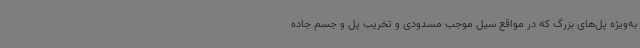
به‌ویژه پل‌های بزرگ که در مواقع سیل موجب مسدودی و تخریب پل و جسم جاده